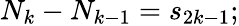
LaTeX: N_{k}-N_{k-1}=s_{2k-1};